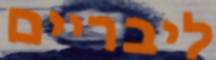
ליבריים